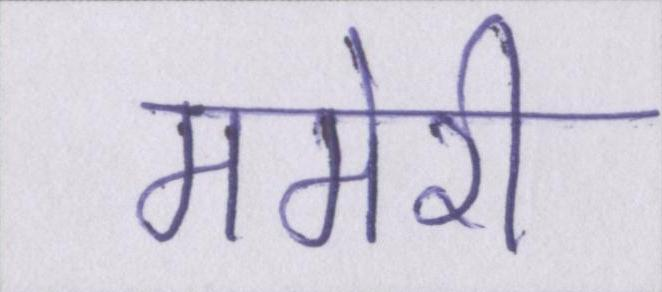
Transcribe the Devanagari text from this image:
ममेरी